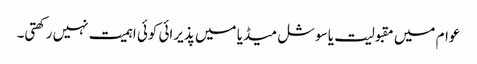
عوام میں مقبولیت یا سوشل میڈیا میں پذیرائی کوئی اہمیت نہیں رکھتی۔